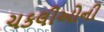
ચકલીઓની